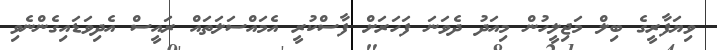
ވިޔަފާރީގެ ބިލް މަޖިލީހުން މިއަދު ދެވަނަ ފަހަރަށް ފާސްކުރީ އެމައްސަލަތައް ރައީސް އެދިވަޑައިގެންނެވި